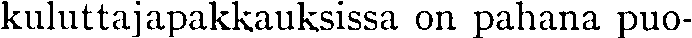
kuluttajapakkauksissa on pahana puo-